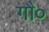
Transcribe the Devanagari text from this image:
गौ०